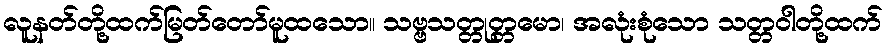
လူနတ်တို့ထက်မြတ်တော်မူထသော။ သဗ္ဗသတ္တုတ္တမော၊ အလုံးစုံသော သတ္တဝါတို့ထက်